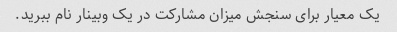
یک معیار برای سنجش میزان مشارکت در یک وبینار نام ببرید.